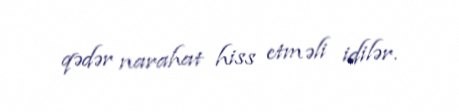
qədər narahat hiss etməli idilər.